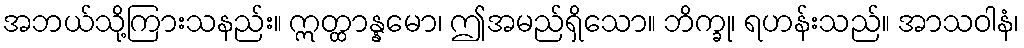
အဘယ်သို့ကြားသနည်း။ ဣတ္ထာန္နမော၊ ဤအမည်ရှိသော။ ဘိက္ခု၊ ရဟန်းသည်။ အာသဝါနံ၊